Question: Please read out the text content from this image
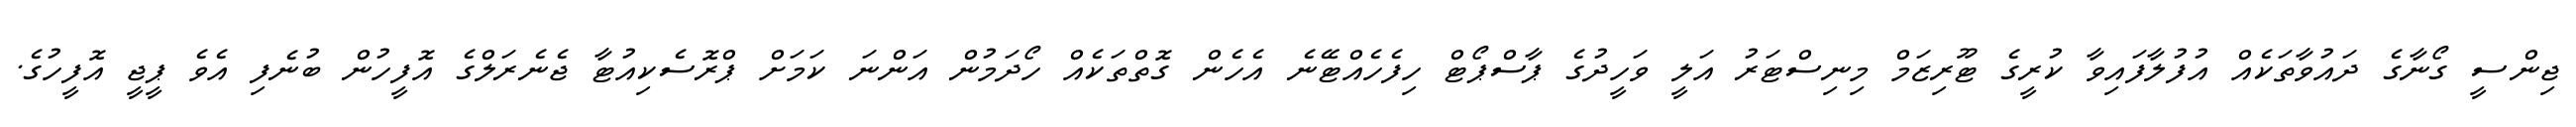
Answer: ޖިންސީ ގޯނާގެ ދައުވާތަކެއް އުފުލާފައިވާ ކުރީގެ ޓޫރިޒަމް މިނިސްޓަރު އަލީ ވަހީދުގެ ޕާސްޕޯޓް ހިފެހެއްޓޭނެ އެހެން ގޮތްތަކެއް ހޯދަމުން އަންނަ ކަމަށް ޕްރޮސެކިއުޓާ ޖެނެރަލްގެ އޮފީހުން ބުނެފި އެވެ ޕީޖީ އޮފީހުގެ.